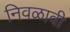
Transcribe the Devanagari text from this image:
निवळावी